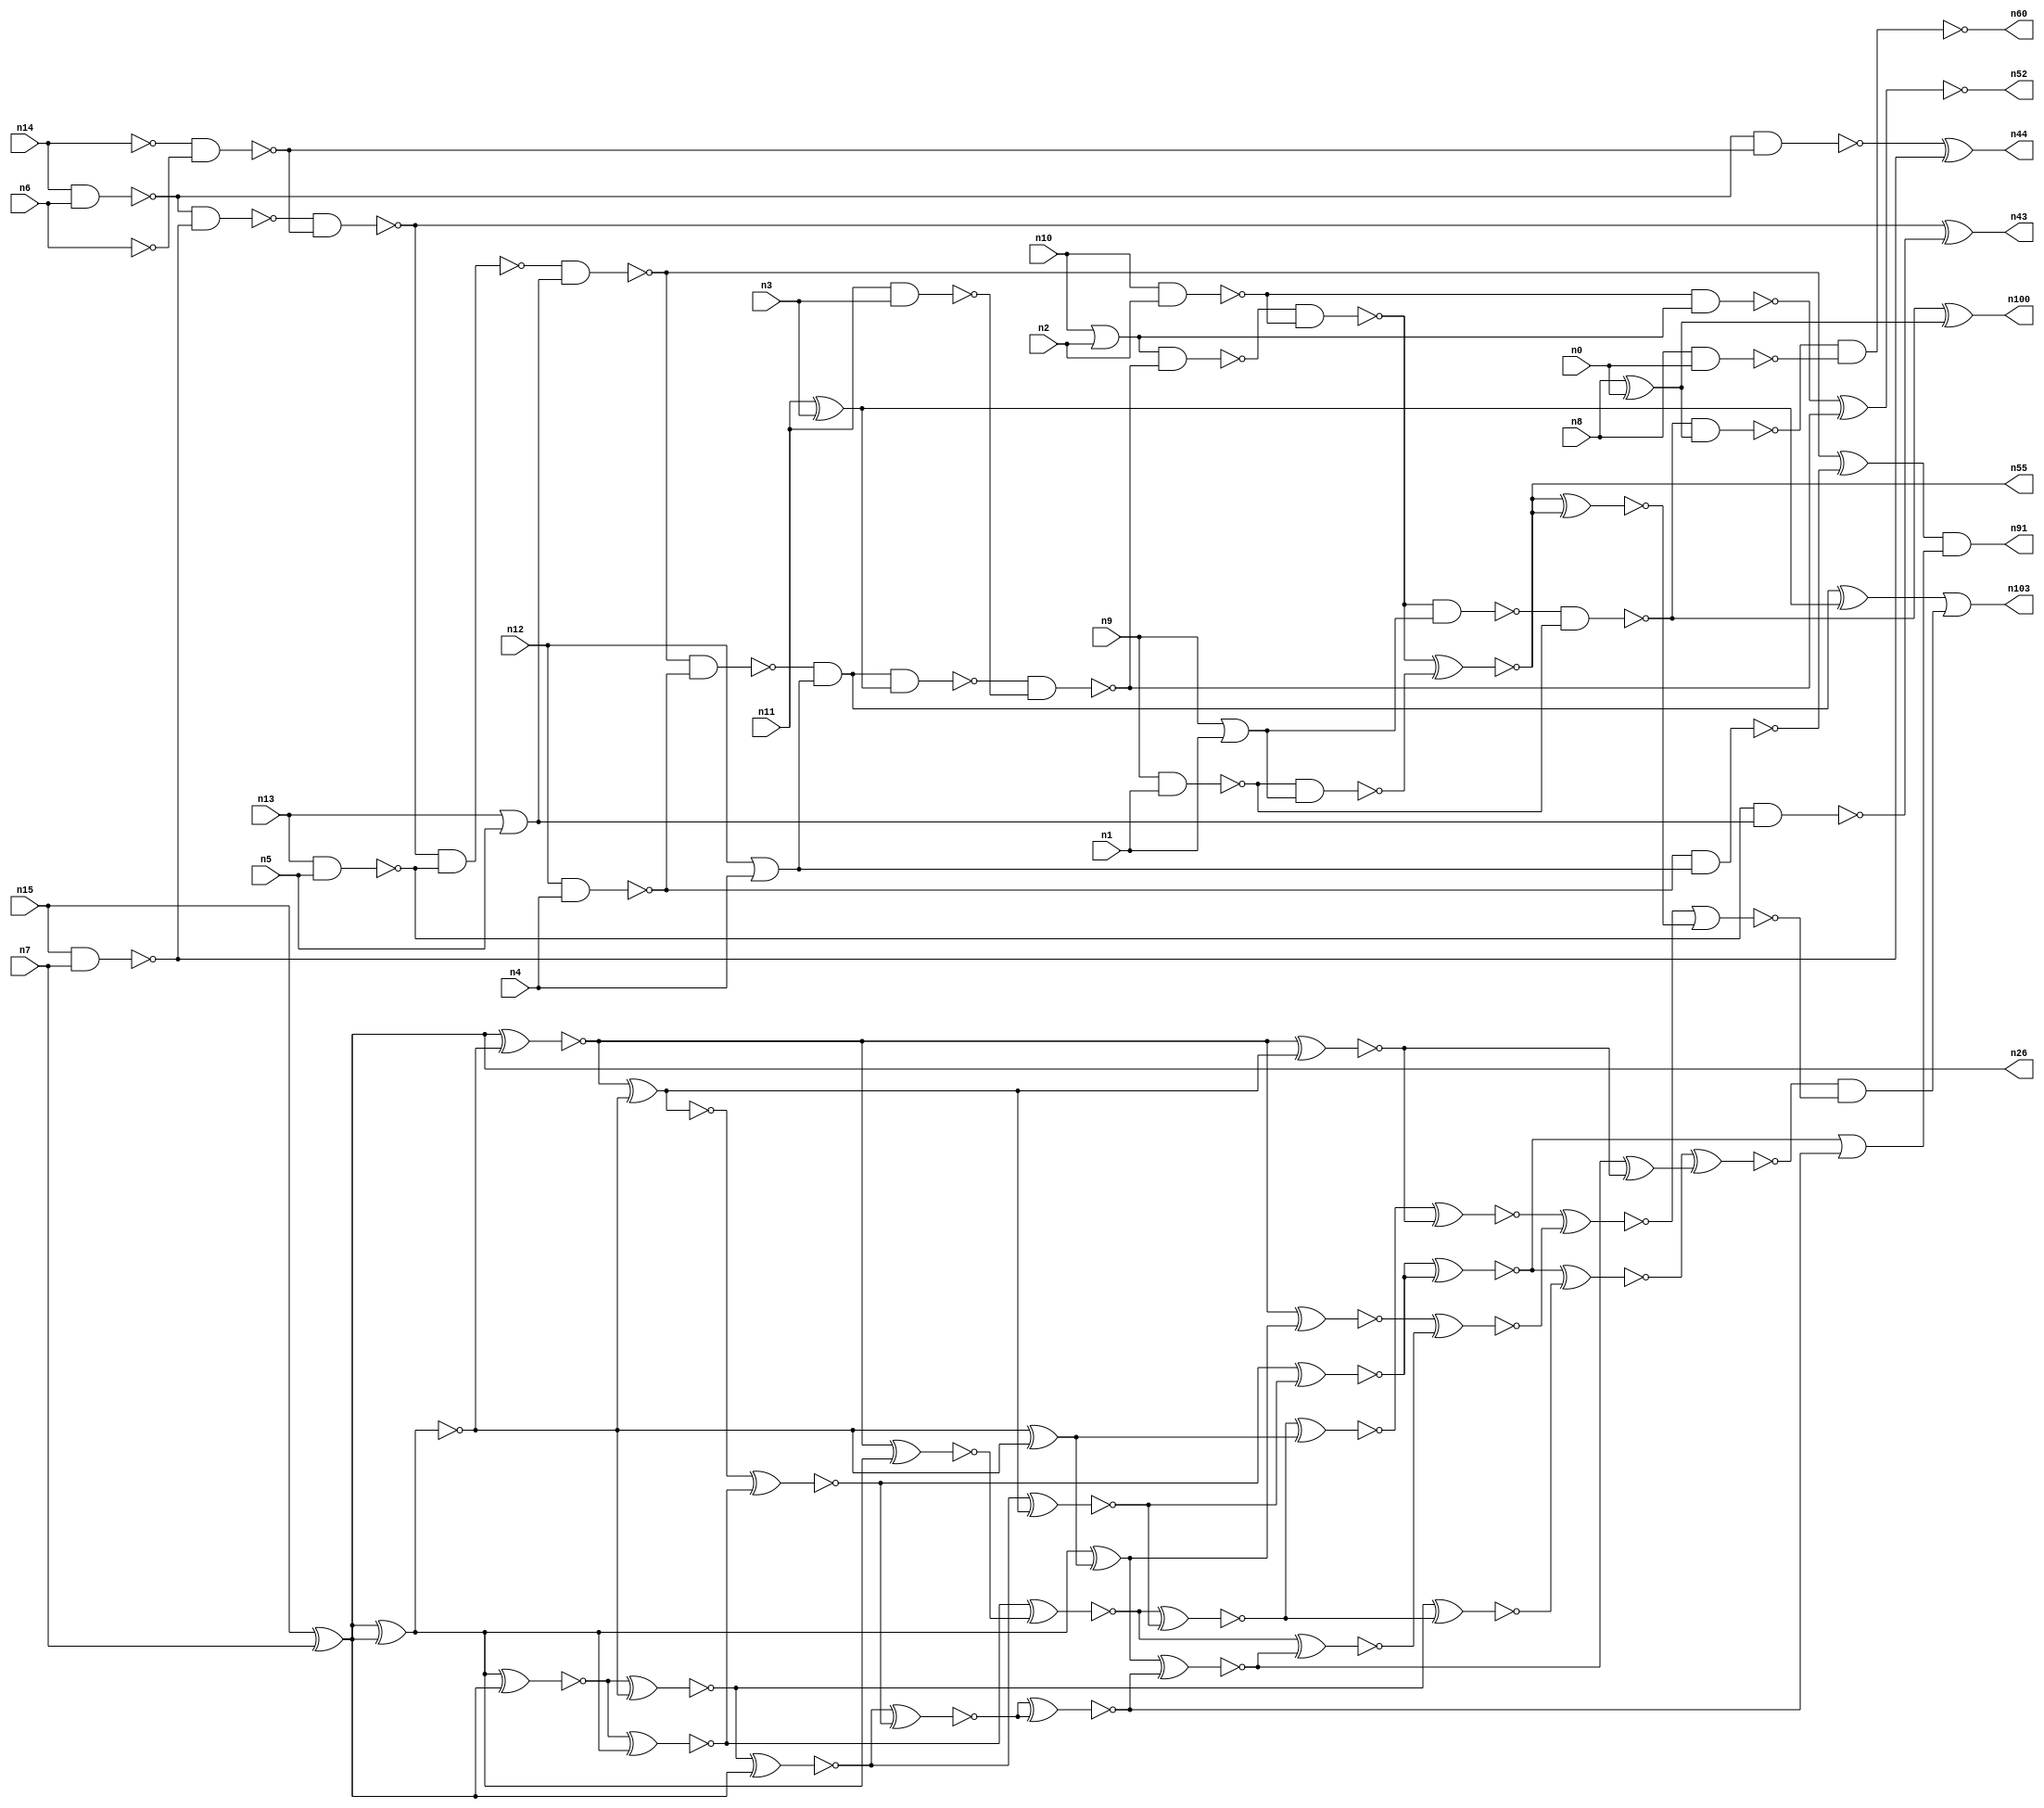
// This program was cloned from: https://github.com/umar-afzaal/ReCkt
// License: MIT License

// This file contains a pareto-optimal circuit with respect to power and the fault-resilince parameter p_fault which is defined as:
// "For all input vectors, the ratio of the no. of faults observable at the POs to the no. of total possible faults in the circuit".
// This code is part of the ReCkt library (https://github.com/umar-afzaal/ReCkt) distributed under The MIT License.
// When used, please cite the following article(s):
// U. Afzaal, A.S. Hassan, M. Usman and J.A. Lee, "On the Evolutionary Synthesis of Increased Fault-resilience Arithmetic Circuits".

// p_fault = 50.3 %    (Lower is better)
// gates = 87.0
// levels = 16
// area = 122.43    (For MCNC library relative to nand2)
// power = 666.0 uW    (Berkely-SIS for MCNC library @ Vdd=5V and 20 MHz clock)
// delay = 28.6 ns    (Berkely-ABC for MCNC library)
// PDP = 1.90476e-11 J

// Pin mapping:
// {n0, n1, n2, n3, n4, n5, n6, n7} = A[7:0]
// {n8, n9, n10, n11, n12, n13, n14, n15} = B[7:0]
// {n60, n100, n55, n52, n103, n91, n43, n44, n26} = O[8:0]

module addr8u_power_59 (
n0, n1, n2, n3, n4, n5, n6, n7, n8, n9, n10, n11, n12, n13, n14, n15, 
n60, n100, n55, n52, n103, n91, n43, n44, n26
);

input n0, n1, n2, n3, n4, n5, n6, n7, n8, n9, n10, n11, n12, n13, n14, n15;
output n60, n100, n55, n52, n103, n91, n43, n44, n26;
wire n96, n30, n69, n68, n102, n79, n95, n61, n46, n18, n59, n93, n45, n90, n56, n37, n80, n101, n53, n62, 
n40, n25, n85, n67, n81, n22, n38, n97, n57, n39, n70, n19, n34, n76, n50, n29, n72, n35, n24, n63, 
n75, n49, n89, n74, n17, n65, n42, n87, n51, n82, n92, n78, n36, n47, n98, n20, n23, n83, n16, n66, 
n48, n21, n41, n54, n27, n33, n28, n58, n86, n88, n71, n73, n31, n84, n32, n77, n64, n99;

nand (n16, n13, n5);
not (n17, n14);
or (n18, n12, n4);
nand (n19, n10, n2);
nand (n20, n15, n7);
or (n21, n10, n2);
not (n22, n6);
xor (n23, n8, n0);
or (n24, n13, n5);
nand (n25, n14, n6);
xor (n26, n15, n7);
nand (n27, n12, n4);
xor (n28, n11, n3);
nor (n29, n9, n1);
nand (n30, n8, n0);
nand (n31, n9, n1);
nand (n32, n11, n3);
nand (n33, n27, n18);
not (n34, n29);
nand (n35, n16, n24);
nand (n36, n25, n20);
nand (n37, n17, n22);
nand (n38, n19, n21);
nand (n39, n36, n37);
nand (n40, n25, n37);
nand (n41, n31, n34);
nand (n42, n39, n16);
xor (n43, n39, n35);
xor (n44, n40, n20);
nand (n45, n42, n24);
nand (n46, n45, n27);
xor (n47, n45, n33);
and (n48, n46, n18);
nand (n49, n48, n28);
xor (n50, n48, n28);
nand (n51, n49, n32);
xnor (n52, n38, n51);
nand (n53, n21, n51);
nand (n54, n53, n19);
xnor (n55, n54, n41);
nand (n56, n54, n34);
nand (n57, n56, n31);
nand (n58, n57, n23);
xor (n59, n57, n23);
nand (n60, n58, n30);
xor (n61, n26, n26);
xnor (n62, n26, n26);
xnor (n63, n26, n26);
xnor (n64, n61, n26);
xnor (n65, n26, n26);
xnor (n66, n64, n63);
xnor (n67, n26, n62);
xnor (n68, n26, n62);
xor (n69, n63, n65);
xnor (n70, n64, n61);
xnor (n71, n66, n26);
xnor (n72, n68, n65);
xnor (n73, n68, n61);
xnor (n74, n72, n70);
xor (n75, n61, n69);
not (n76, n72);
xnor (n77, n67, n76);
xnor (n78, n71, n74);
xnor (n79, n71, n76);
xnor (n80, n70, n73);
xnor (n81, n74, n79);
xnor (n82, n78, n78);
xnor (n83, n80, n79);
xnor (n84, n81, n81);
xnor (n85, n75, n82);
xnor (n86, n67, n75);
xnor (n87, n83, n69);
xnor (n88, n87, n77);
or (n89, n84, n82);
xor (n90, n85, n77);
and (n91, n47, n89);
xnor (n92, n80, n85);
xnor (n93, n66, n83);
xnor (n95, n86, n92);
xnor (n96, n88, n95);
xnor (n97, n84, n93);
xnor (n98, n97, n90);
xnor (n99, n55, n55);
and (n100, n59, n59);
nor (n101, n96, n99);
and (n102, n98, n101);
or (n103, n50, n102);

endmodule